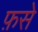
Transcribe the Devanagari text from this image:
फ़से